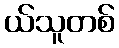
ယ်သူတစ်